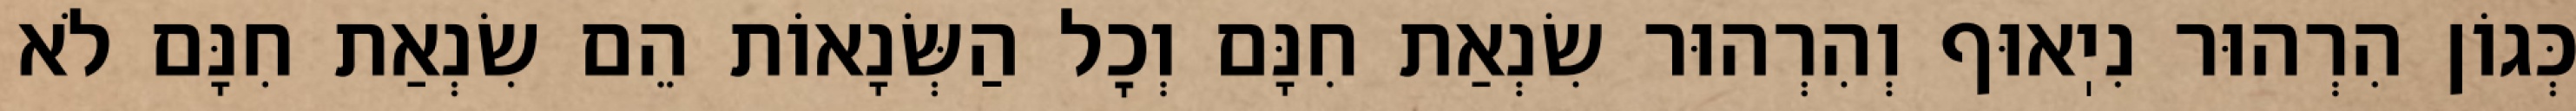
כְּגוֹן הִרְהוּר נִיֽאוּף וְהִרְהוּר שִׂנְאַת חִנָּם וְכׇל הַשְּׂנָאוֹת הֵם שִׂנְאַת חִנָּם לֹא